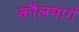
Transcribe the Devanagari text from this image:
कौलमार्ग